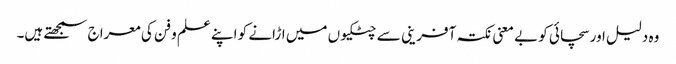
وہ دلیل اور سچائی کو بے معنی نکتہ آفرینی سے چٹکیوں میں اڑانے کو اپنے علم و فن کی معراج سمجھتے ہیں۔